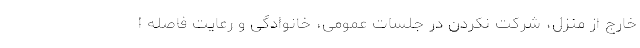
خارج از منزل، شرکت نکردن در جلسات عمومی، خانوادگی و رعایت فاصله ا